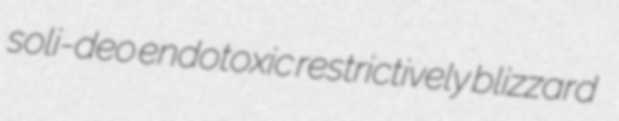
soli-deo endotoxic restrictively blizzard